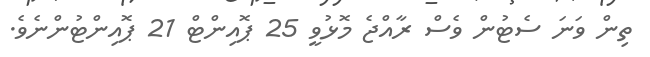
ތިން ވަނަ ސެޓުން ވެސް ރާއްޖެ މޮޅުވީ 25 ޕޮއިންޓް 21 ޕޮއިންޓުންނެވެ.